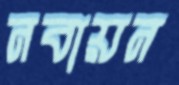
নবায়ন